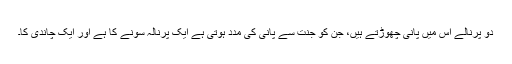
دو پرنالے اس میں پانی چھوڑتے ہیں، جن کو جنت سے پانی کی مدد ہوتی ہے ایک پرنالہ سونے کا ہے اور ایک چاندی کا۔